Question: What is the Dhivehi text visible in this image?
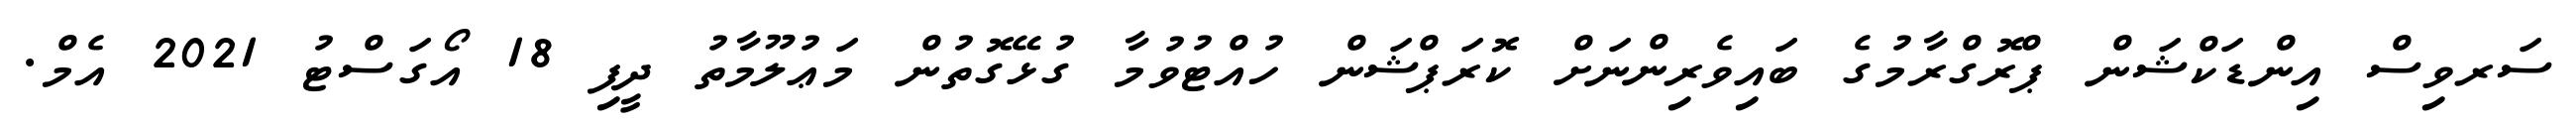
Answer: ސަރވިސް އިންޑަކްޝަން ޕްރޮގްރާމުގެ ބައިވެރިންނަށް ކޮރަޕްޝަން ހުއްޓުވުމާ ގުޅޭގޮތުން މަޢުލޫމާތު ދީފި 18 އޯގަސްޓު 2021 އެމް.